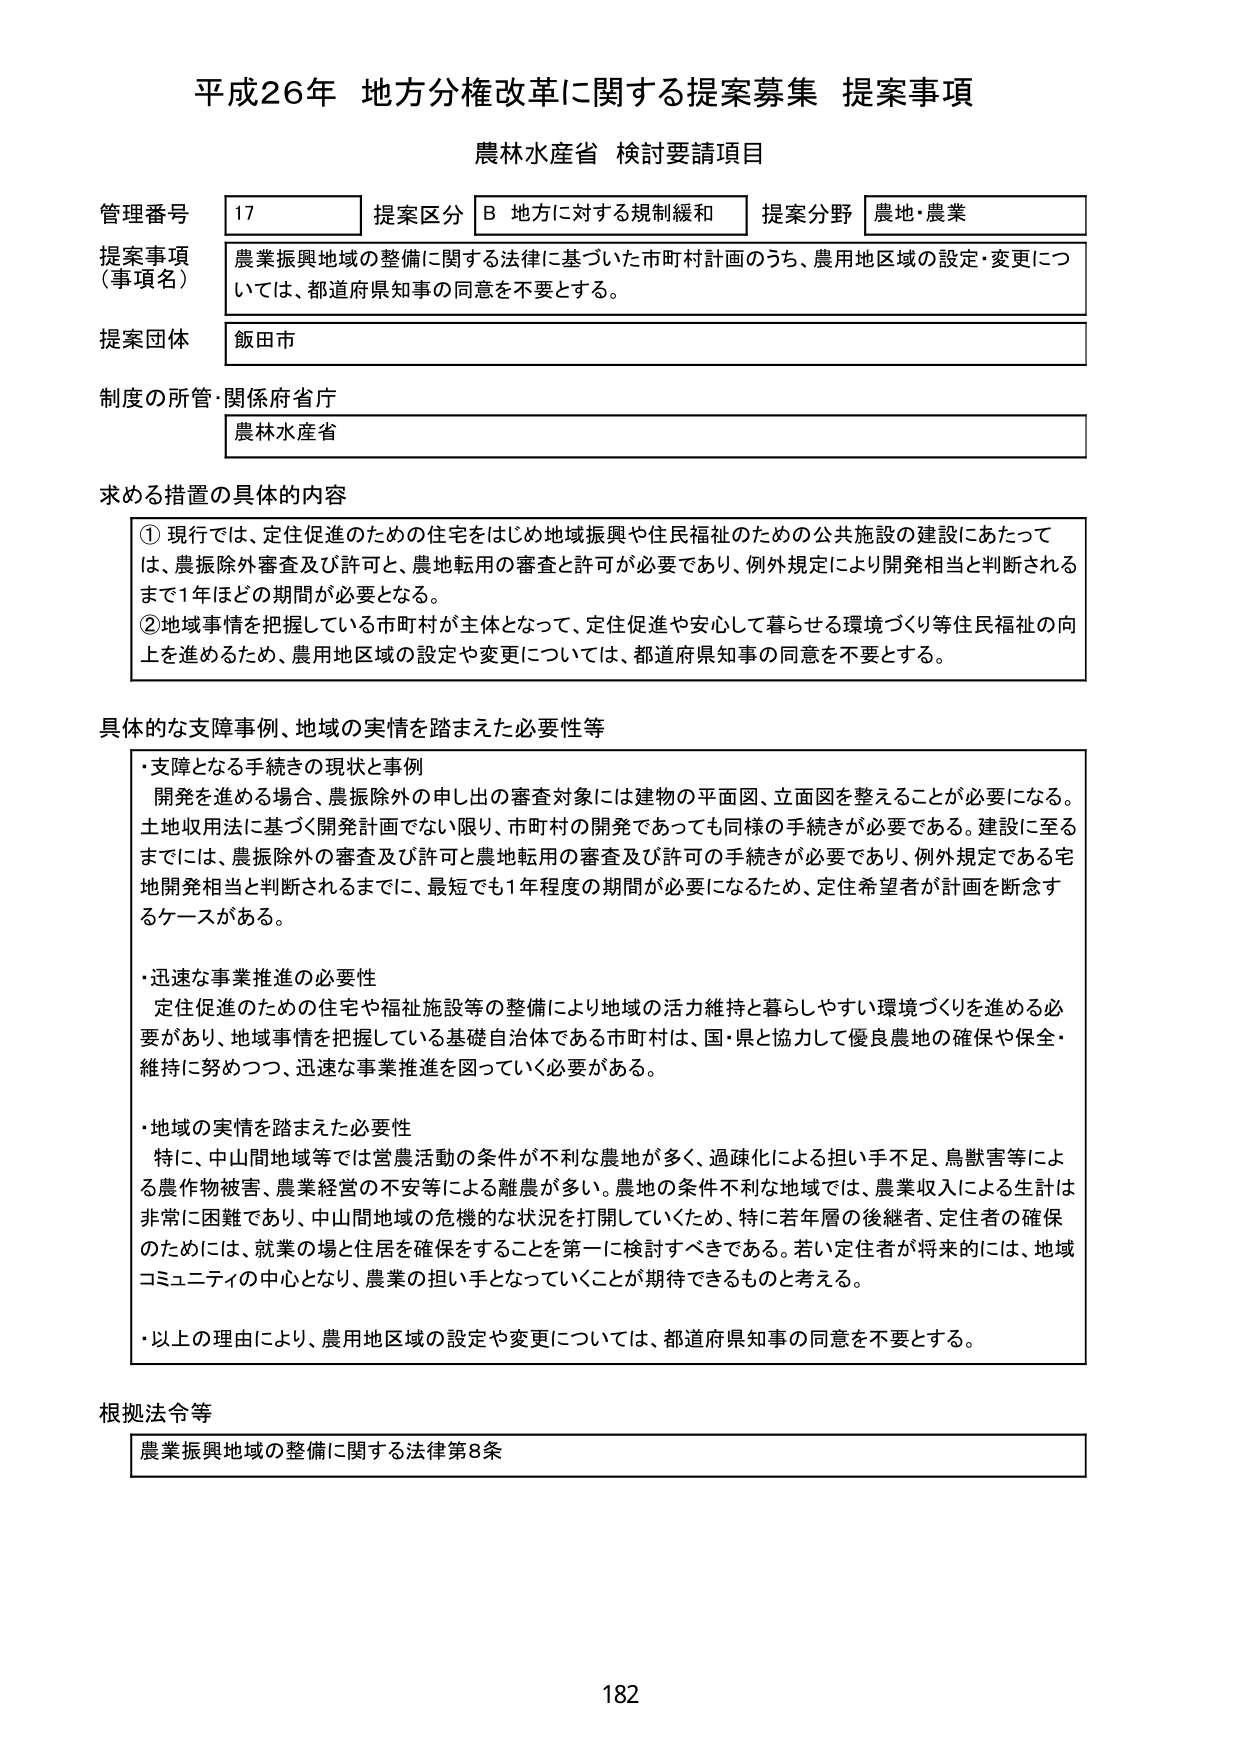
平成26年 地方分権改革に関する提案募集 提案事項
農林水産省 検討要請項目

管理番号 17
提案区分 B 地方に対する規制緩和
提案分野 農地・農業

提案事項（事項名）
農業振興地域の整備に関する法律に基づいた市町村計画のうち、農用地区域の設定・変更については、都道府県知事の同意を不要とする。

提案団体
飯田市

制度の所管・関係府省庁
農林水産省

求める措置の具体的内容
① 現行では、定住促進のための住宅をはじめ地域振興や住民福祉のための公共施設の建設にあたっては、農振除外審査及び許可と、農地転用の審査と許可が必要であり、例外規定により開発相当と判断されるまで1年ほどの期間が必要となる。
② 地域事情を把握している市町村が主体となって、定住促進や安心して暮らせる環境づくり等住民福祉の向上を進めるため、農用地区域の設定や変更については、都道府県知事の同意を不要とする。

具体的な支援事例、地域の実情を踏まえた必要性等
・支障となる手続きの現状と事例
開発を進める場合、農振除外の申し出の審査対象には建物の平面図、立面図を整えることが必要になる。土地収用等に基づく開発計画でない限り、市町村の開発であっても同様の手続きが必要である。建設に至るまでには、農振除外の審査及び許可と農地転用の審査及び許可の手続きが必要であり、例外規定である宅地開発相当と判断されるまでに、最短でも1年程度の期間が必要になるため、定住希望者が計画を断念するケースがある。

・迅速な事業推進の必要性
定住促進のための住宅や福祉施設等の整備により地域の活力維持と暮らしやすい環境づくりを進める必要があり、地域事情を把握している基礎自治体である市町村は、国・県と協力して優良農地の確保や保全・維持に努めつつ、迅速な事業推進を図っていく必要がある。

・地域の実情を踏まえた必要性
特に、中山間地域等では営農活動の条件が不利な農地が多く、過疎化による担い手不足、鳥獣害等による農作物被害、農業経営の不安等による離農が多い。農地の条件不利な地域では、農業収入による生計は非常に困難であり、中山間地域の危機的な状況を打開していくため、特に若年層の後継者、定住者の確保のためには、就業の場と住居を確保することを第一に検討すべきである。若い定住者が将来的には、地域コミュニティの中心となり、農業の担い手となっていくことが期待できるものと考える。

・以上の理由により、農用地区域の設定や変更については、都道府県知事の同意を不要とする。

根拠法令等
農業振興地域の整備に関する法律第8条

182